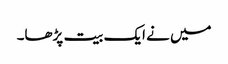
میں نے ایک بیت پڑھا۔